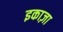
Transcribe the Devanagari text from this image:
इकाज़ा